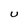
Character: U